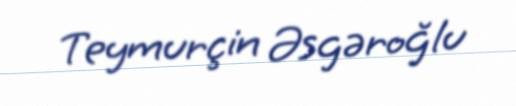
Teymurçin Əsgəroğlu